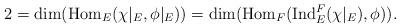
LaTeX: \begin{align*} 2=\mathrm{dim}(\mathrm{Hom}_{E}(\chi|_{E},\phi|_{E}))=\mathrm{dim}(\mathrm{Hom}_{{F}}(\mathrm{Ind}_{{E}}^{{F}}(\chi|_E),\phi)).\end{align*}